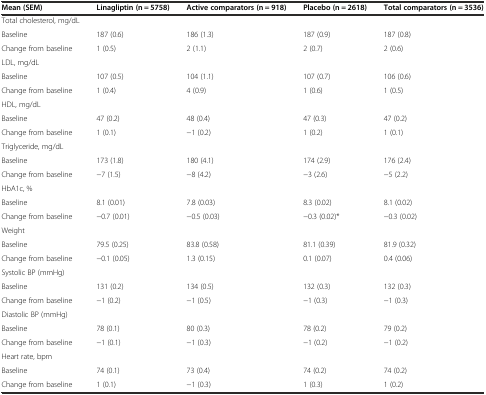
<table><thead><tr><td><b>Mean (SEM)</b></td><td><b>Linagliptin (n = 5758)</b></td><td><b>Active comparators (n = 918)</b></td><td><b>Placebo (n = 2618)</b></td><td><b>Total comparators (n = 3536)</b></td></tr></thead><tbody><tr><td>Total cholesterol, mg/dL</td><td></td><td></td><td></td><td></td></tr><tr><td>Baseline</td><td>187 (0.6)</td><td>186 (1.3)</td><td>187 (0.9)</td><td>187 (0.8)</td></tr><tr><td>Change from baseline</td><td>1 (0.5)</td><td>2 (1.1)</td><td>2 (0.7)</td><td>2 (0.6)</td></tr><tr><td>LDL, mg/dL</td><td></td><td></td><td></td><td></td></tr><tr><td>Baseline</td><td>107 (0.5)</td><td>104 (1.1)</td><td>107 (0.7)</td><td>106 (0.6)</td></tr><tr><td>Change from baseline</td><td>1 (0.4)</td><td>4 (0.9)</td><td>1 (0.6)</td><td>1 (0.5)</td></tr><tr><td>HDL, mg/dL</td><td></td><td></td><td></td><td></td></tr><tr><td>Baseline</td><td>47 (0.2)</td><td>48 (0.4)</td><td>47 (0.3)</td><td>47 (0.2)</td></tr><tr><td>Change from baseline</td><td>1 (0.1)</td><td>−1 (0.2)</td><td>1 (0.2)</td><td>1 (0.1)</td></tr><tr><td>Triglyceride, mg/dL</td><td></td><td></td><td></td><td></td></tr><tr><td>Baseline</td><td>173 (1.8)</td><td>180 (4.1)</td><td>174 (2.9)</td><td>176 (2.4)</td></tr><tr><td>Change from baseline</td><td>−7 (1.5)</td><td>−8 (4.2)</td><td>−3 (2.6)</td><td>−5 (2.2)</td></tr><tr><td>HbA1c, %</td><td></td><td></td><td></td><td></td></tr><tr><td>Baseline</td><td>8.1 (0.01)</td><td>7.8 (0.03)</td><td>8.3 (0.02)</td><td>8.1 (0.02)</td></tr><tr><td>Change from baseline</td><td>−0.7 (0.01)</td><td>−0.5 (0.03)</td><td>−0.3 (0.02)*</td><td>−0.3 (0.02)</td></tr><tr><td>Weight</td><td></td><td></td><td></td><td></td></tr><tr><td>Baseline</td><td>79.5 (0.25)</td><td>83.8 (0.58)</td><td>81.1 (0.39)</td><td>81.9 (0.32)</td></tr><tr><td>Change from baseline</td><td>−0.1 (0.05)</td><td>1.3 (0.15)</td><td>0.1 (0.07)</td><td>0.4 (0.06)</td></tr><tr><td>Systolic BP (mmHg)</td><td></td><td></td><td></td><td></td></tr><tr><td>Baseline</td><td>131 (0.2)</td><td>134 (0.5)</td><td>132 (0.3)</td><td>132 (0.3)</td></tr><tr><td>Change from baseline</td><td>−1 (0.2)</td><td>−1 (0.5)</td><td>−1 (0.3)</td><td>−1 (0.3)</td></tr><tr><td>Diastolic BP (mmHg)</td><td></td><td></td><td></td><td></td></tr><tr><td>Baseline</td><td>78 (0.1)</td><td>80 (0.3)</td><td>78 (0.2)</td><td>79 (0.2)</td></tr><tr><td>Change from baseline</td><td>−1 (0.1)</td><td>−1 (0.3)</td><td>−1 (0.2)</td><td>−1 (0.2)</td></tr><tr><td>Heart rate, bpm</td><td></td><td></td><td></td><td></td></tr><tr><td>Baseline</td><td>74 (0.1)</td><td>73 (0.4)</td><td>74 (0.2)</td><td>74 (0.2)</td></tr><tr><td>Change from baseline</td><td>1 (0.1)</td><td>−1 (0.3)</td><td>1 (0.3)</td><td>1 (0.2)</td></tr></tbody></table>